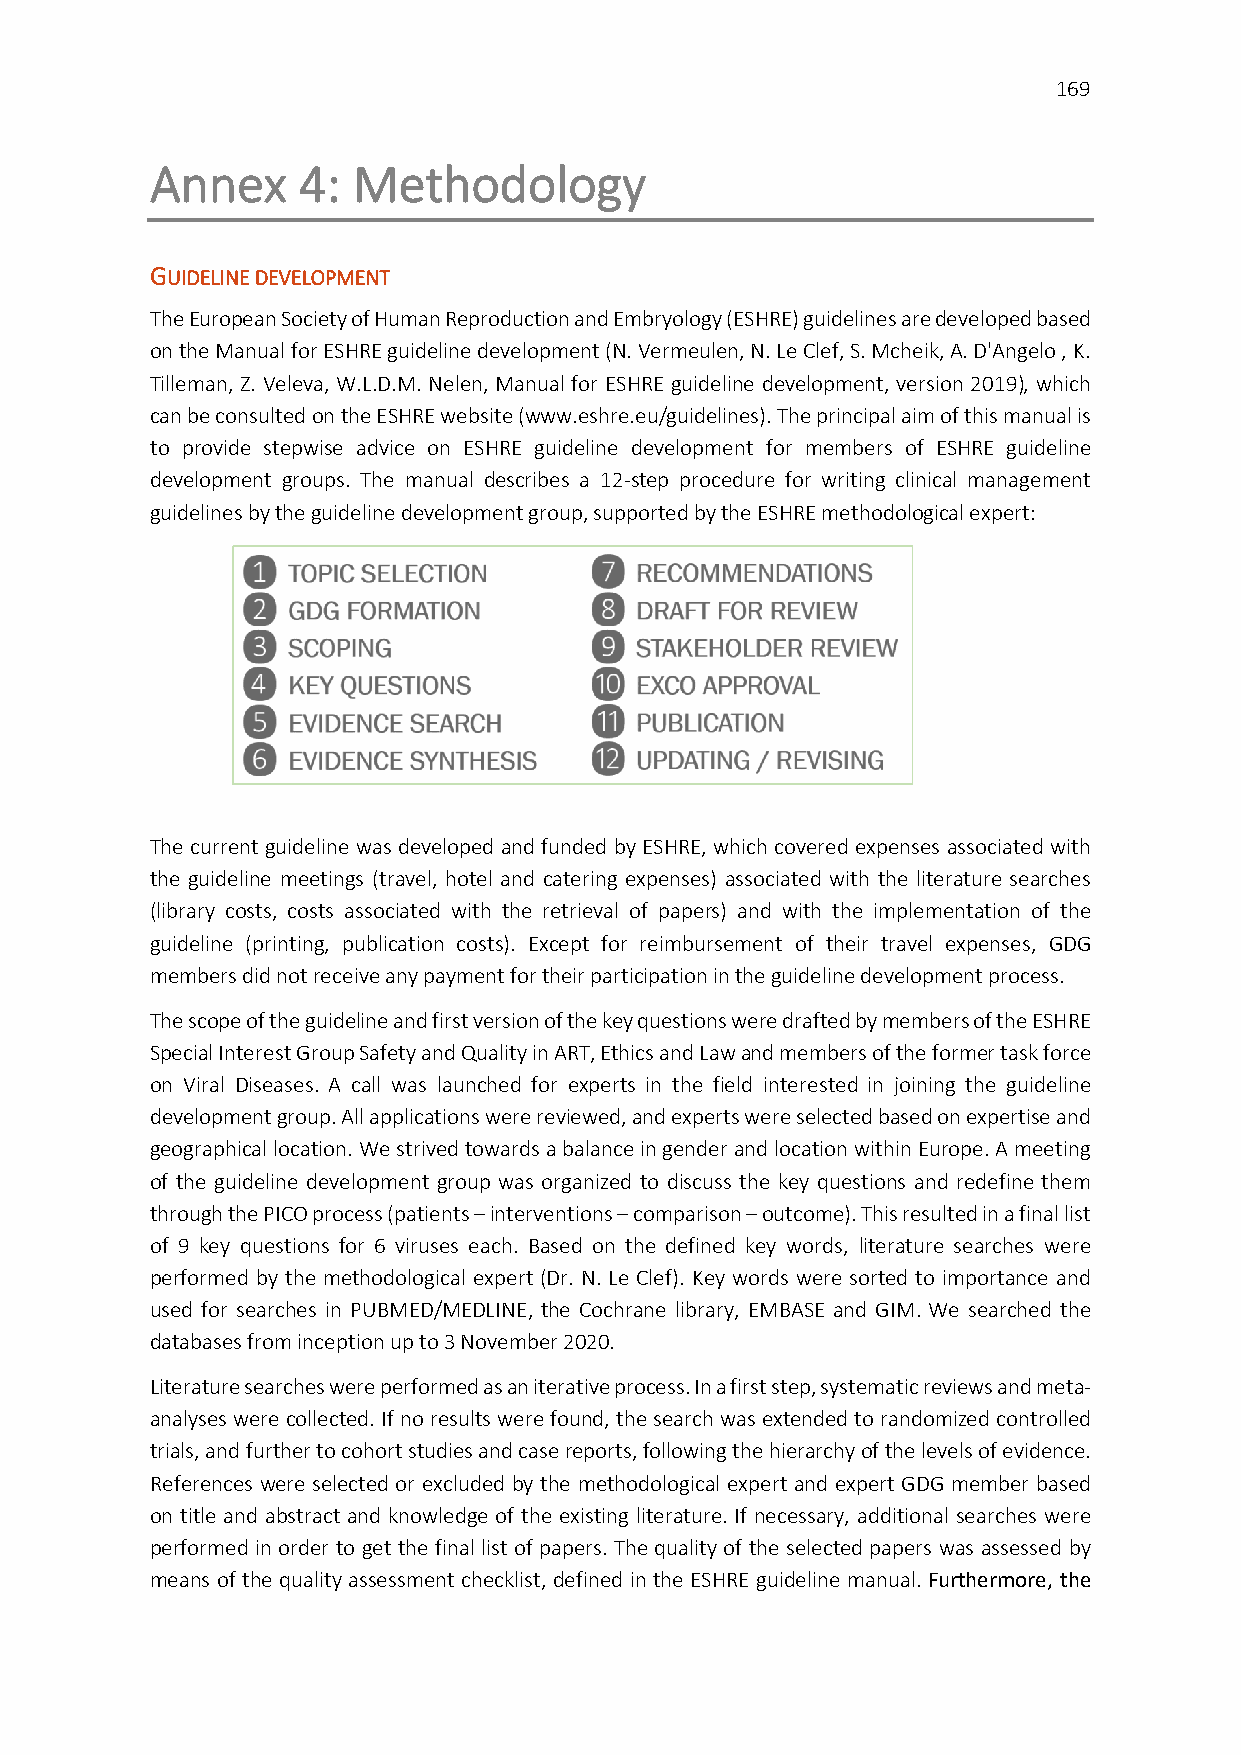
169
 Annex     4: Methodology
 GUIDELINE DEVELOPMENT
 The European Society of Human Reproduction and Embryology (ESHRE) guidelines are developed based
 on the Manual for ESHRE guideline development (N. Vermeulen, N. Le Clef, S. Mcheik, A. D'Angelo , K.
 Tilleman, Z. Veleva, W.L.D.M. Nelen, Manual for ESHRE guideline development, version 2019), which
 can be consulted on the ESHRE website (www.eshre.eu/guidelines). The principal aim of this manual is
 to provide stepwise advice on ESHRE guideline development for members of ESHRE guideline
 development groups. The manual describes a 12-step procedure for writing clinical management
 guidelines by the guideline development group, supported by the ESHRE methodological expert:
 The current guideline was developed and funded by ESHRE, which covered expenses associated with
 the guideline meetings (travel, hotel and catering expenses) associated with the literature searches
 (library costs, costs associated with the retrieval of papers) and with the implementation of the
 guideline (printing, publication costs). Except for reimbursement of their travel expenses, GDG
 members did not receive any payment for their participation in the guideline development process.
 The scope of the guideline and first version of the key questions were drafted by members of the ESHRE
 Special Interest Group Safety and Quality in ART, Ethics and Law and members of the former task force
 on Viral Diseases. A call was launched for experts in the field interested in joining the guideline
 development group. All applications were reviewed, and experts were selected based on expertise and
 geographical location. We strived towards a balance in gender and location within Europe. A meeting
 of the guideline development group was organized to discuss the key questions and redefine them
 through the PICO process (patients – interventions – comparison – outcome). This resulted in a final list
 of 9 key questions for 6 viruses each. Based on the defined key words, literature searches were
 performed by the methodological expert (Dr. N. Le Clef). Key words were sorted to importance and
 used for searches in PUBMED/MEDLINE, the Cochrane library, EMBASE and GIM. We searched the
 databases from inception up to 3 November 2020.
 Literature searches were performed as an iterative process. In a first step, systematic reviews and meta-
 analyses were collected. If no results were found, the search was extended to randomized controlled
 trials, and further to cohort studies and case reports, following the hierarchy of the levels of evidence.
 References were selected or excluded by the methodological expert and expert GDG member based
 on title and abstract and knowledge of the existing literature. If necessary, additional searches were
 performed in order to get the final list of papers. The quality of the selected papers was assessed by
 means of the quality assessment checklist, defined in the ESHRE guideline manual. Furthermore, the